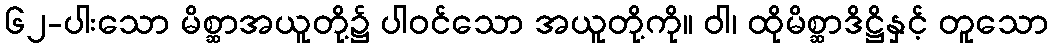
၆၂-ပါးသော မိစ္ဆာအယူတို့၌ ပါဝင်သော အယူတို့ကို။ ဝါ၊ ထိုမိစ္ဆာဒိဋ္ဌိနှင့် တူသော